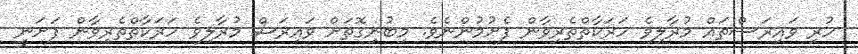
ހުރި ވައިރަސްތައް މުރާލިވެ ހަރަކާތްތެރިވާން ފެށުމުންނެވެ. މިބުނިގޮތަށް ވައިރަސް މުރާލިވެ ހަރަކާތްތެރިވާން ފަށަނީ